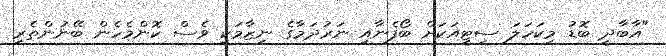
"އާބާދީ ބޮޑު މިކަހަލަ ސިޓީއަކަށް ބޯފެނާއި ނަރުދަމާގެ ނިޒާމަކީ ވެސް ކޮންމެހެން ބޭނުންތެރި